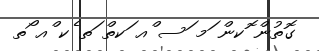
ގޮތުން ޮކން ަމ ަސ ްއ ަކތް ަތ ެކ ްއ ޯތ